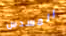
المسدس